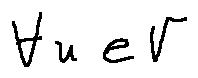
\forall u \in V